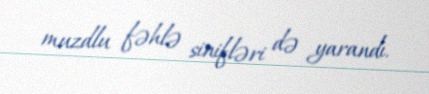
muzdlu fəhlə sinifləri də yarandı.